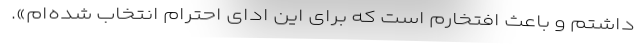
داشتم و باعث افتخارم است که برای این ادای احترام انتخاب شده‌ام».